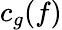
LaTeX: c_{g}(f)